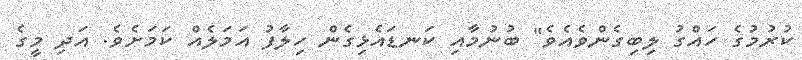
ކުރުމުގެ ހައްގު ލިބިގެންވެއެވެ" ބުނުމާއި ކަނޑައެޅިގެން ހިލާފު އަމަލެއް ކަމަށެވެ. އަދި މީގެ